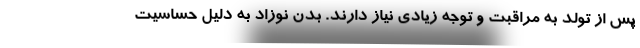
پس از تولد به مراقبت و توجه زیادی نیاز دارند. بدن نوزاد به دلیل حساسیت